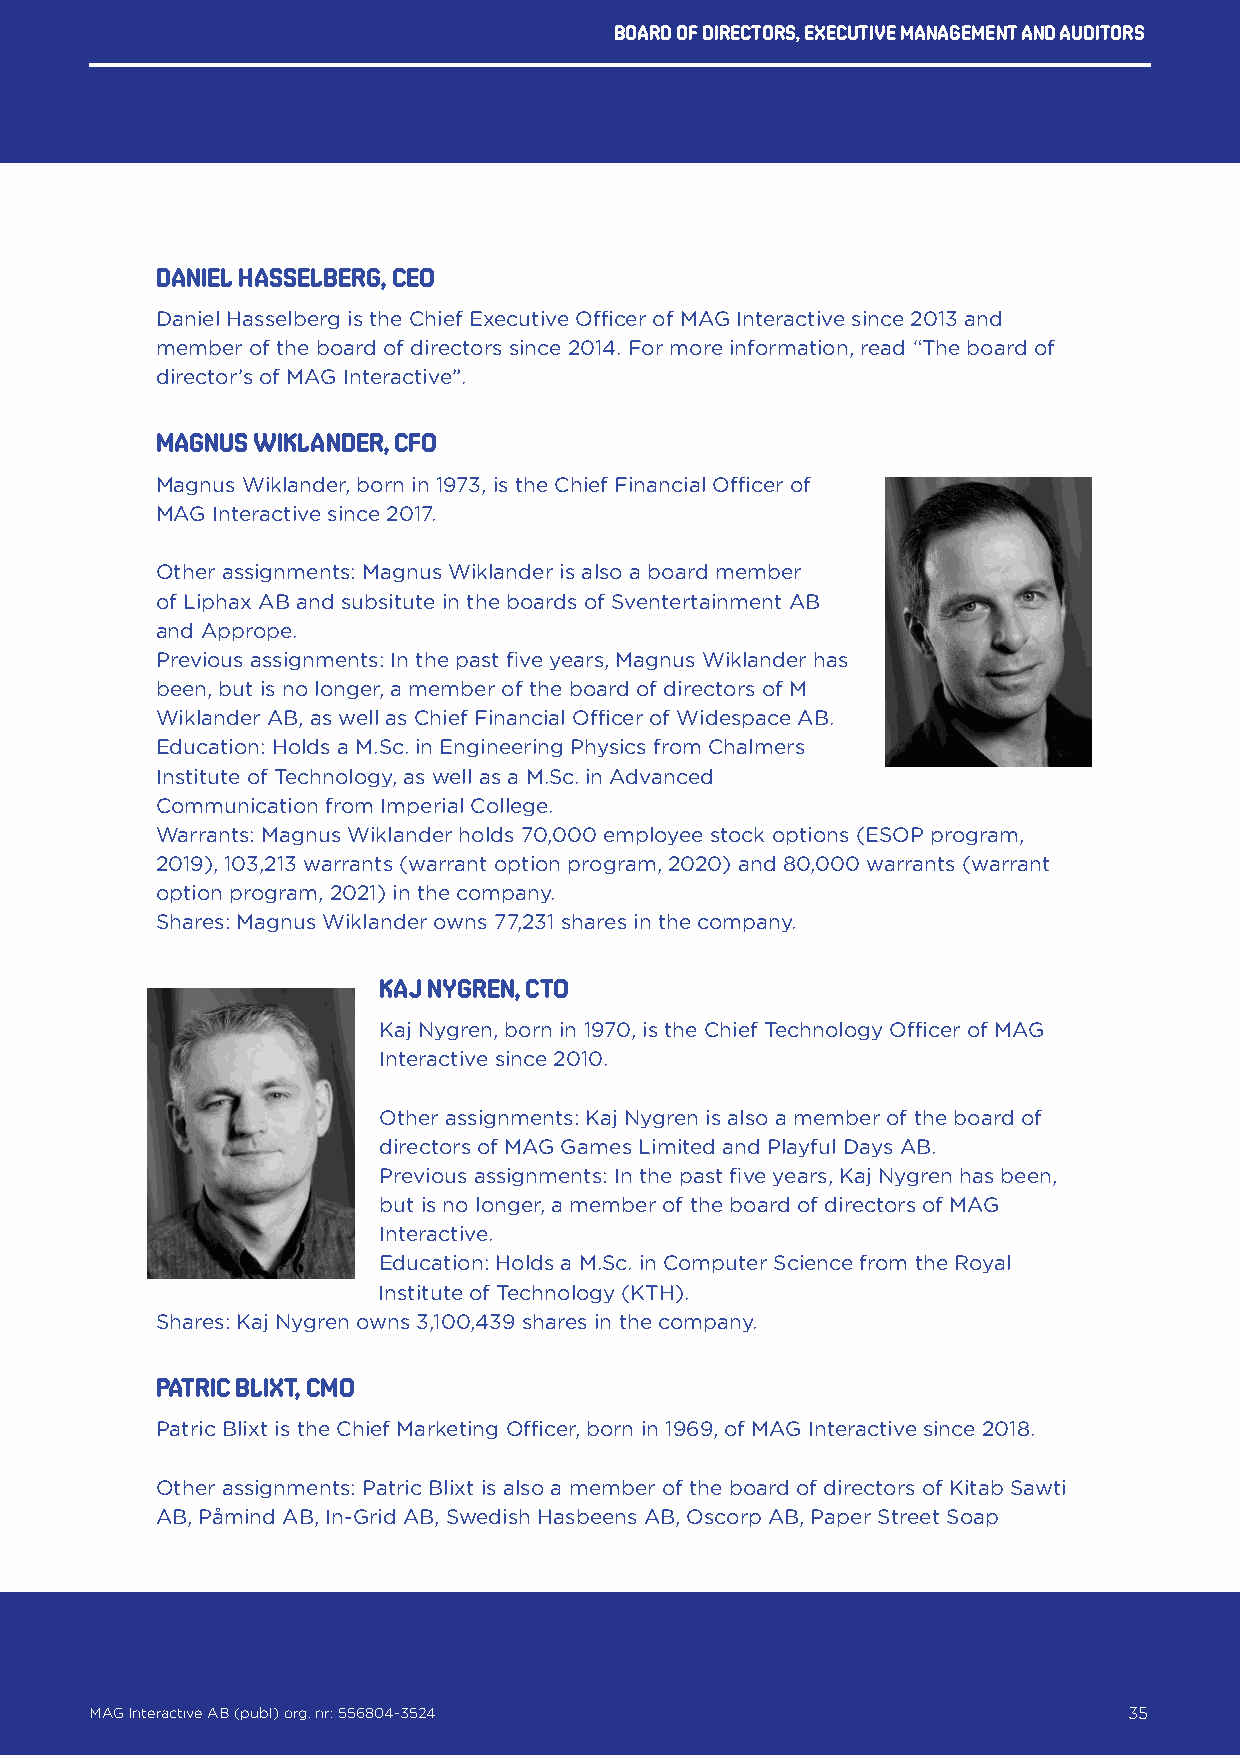
Board of directors, executive management and auditors
 DANIEL HASSELBERG, ceo
 Daniel Hasselberg is the Chief Executive Officer of MAG Interactive since 2013 and
 member of the board of directors since 2014. For more information, read “The board of
 director’s of MAG Interactive”.
 MAGNUS WIKLANDER, cfo
 Magnus Wiklander, born in 1973, is the Chief Financial Officer of
 MAG Interactive since 2017.
 Other assignments: Magnus Wiklander is also a board member
 of Liphax AB and subsitute in the boards of Sventertainment AB
 and Apprope.
 Previous assignments: In the past five years, Magnus Wiklander has
 been, but is no longer, a member of the board of directors of M
 Wiklander AB, as well as Chief Financial Officer of Widespace AB.
 Education: Holds a M.Sc. in Engineering Physics from Chalmers
 Institute of Technology, as well as a M.Sc. in Advanced
 Communication from Imperial College.
 Warrants: Magnus Wiklander holds 70,000 employee stock options (ESOP program,
 2019), 103,213 warrants (warrant option program, 2020) and 80,000 warrants (warrant
 option program, 2021) in the company.
 Shares: Magnus Wiklander owns 77,231 shares in the company.
 KAJ NYGREN, cto
 Kaj Nygren, born in 1970, is the Chief Technology Officer of MAG
 Interactive since 2010.
 Other assignments: Kaj Nygren is also a member of the board of
 directors of MAG Games Limited and Playful Days AB.
 Previous assignments: In the past five years, Kaj Nygren has been,
 but is no longer, a member of the board of directors of MAG
 Interactive.
 Education: Holds a M.Sc. in Computer Science from the Royal
 Institute of Technology (KTH).
 Shares: Kaj Nygren owns 3,100,439 shares in the company.
 PATRIC BLIXT, cmo
 Patric Blixt is the Chief Marketing Officer, born in 1969, of MAG Interactive since 2018.
 Other assignments: Patric Blixt is also a member of the board of directors of Kitab Sawti
 AB, Påmind AB, In-Grid AB, Swedish Hasbeens AB, Oscorp AB, Paper Street Soap
 MAG Interactive AB (publ) org. nr: 556804-3524                   35
 MAG Interactive AB (publ) org. nr: 556804-3524                       35